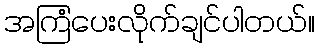
အကြံပေးလိုက်ချင်ပါတယ်။